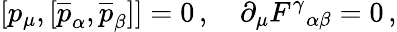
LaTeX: [p_{\mu},[\overline{{{p}}}_{\alpha},\overline{{{p}}}_{\beta}]]=0\, ,\quad\partial_{\mu}F^{\gamma}{}_{\alpha\beta}=0\, ,